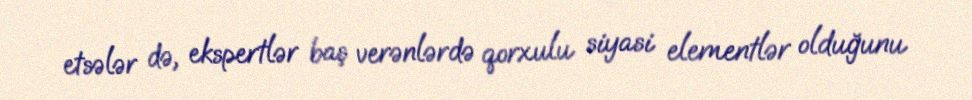
etsələr də, ekspertlər baş verənlərdə qorxulu siyasi elementlər olduğunu